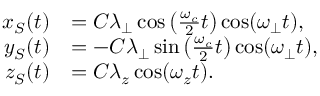
\begin{array} { r l } { x _ { S } ( t ) } & { = C \lambda _ { \perp } \cos \left( \frac { \omega _ { c } } { 2 } t \right) \cos ( \omega _ { \perp } t ) , } \\ { y _ { S } ( t ) } & { = - C \lambda _ { \perp } \sin \left( \frac { \omega _ { c } } { 2 } t \right) \cos ( \omega _ { \perp } t ) , } \\ { z _ { S } ( t ) } & { = C \lambda _ { z } \cos ( \omega _ { z } t ) . } \end{array}